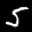
Label: 5